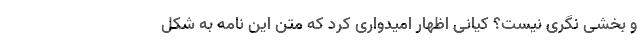
و بخشی نگری نیست؟ کیانی اظهار امیدواری کرد که متن این نامه به شکل